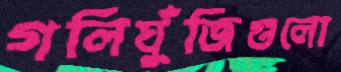
গলিঘুঁজিগুলো